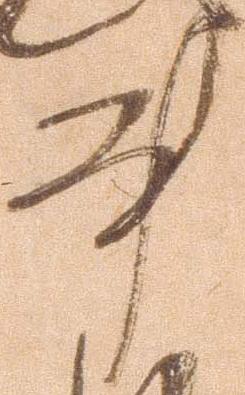
事